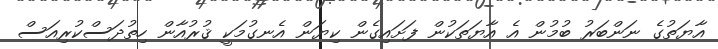
އާޔަތުގެ ނަންބަރު ބުމުން އެ އާޔަތަކުން ފަށައިގެން ކިޔަން އެނގުމަކީ ޤުރުއާން ހިތުދަސްކުރިއަސް